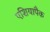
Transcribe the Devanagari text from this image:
एशियापैक